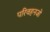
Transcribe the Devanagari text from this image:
परिवहनजो